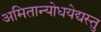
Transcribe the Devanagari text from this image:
अमितान्योधयेद्यस्तु